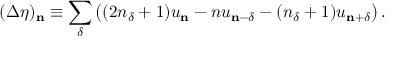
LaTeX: ( \Delta \eta ) _ { \mathbf { n } } \equiv \sum _ { \delta } \left( ( 2 n _ { \delta } + 1 ) u _ { \mathbf { n } } - n u _ { \mathbf { n } - \delta } - ( n _ { \delta } + 1 ) u _ { \mathbf { n } + \delta } \right) .